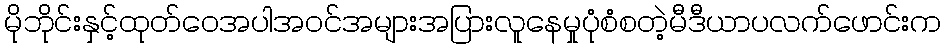
မိုဘိုင်းနှင့်ထုတ်ဝေအပါအဝင်အများအပြားလူနေမှုပုံစံစတဲ့မီဒီယာပလက်ဖောင်းက